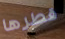
قطرها